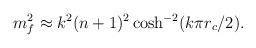
LaTeX: \begin{align*}m^{2}_f \approx k^2 (n+1)^2 \cosh^{-2} (k\pi r_{c}/2).\end{align*}